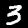
Label: 3